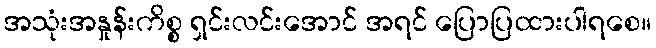
အသုံးအနှုန်းကိစ္စ ရှင်းလင်းအောင် အရင် ပြောပြထားပါရစေ။